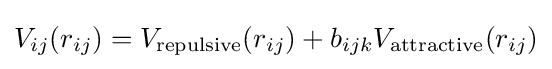
V_{ij}(r_{ij})=V_{\mathrm {repulsive} }(r_{ij})+b_{ijk}V_{\mathrm {attractive} }(r_{ij})